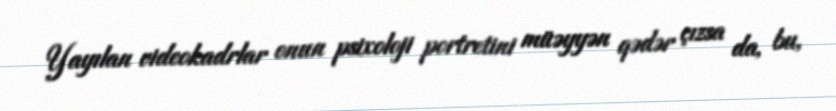
Yayılan videokadrlar onun psixoloji portretini müəyyən qədər çızsa da, bu,